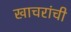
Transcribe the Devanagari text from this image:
खाचरांची